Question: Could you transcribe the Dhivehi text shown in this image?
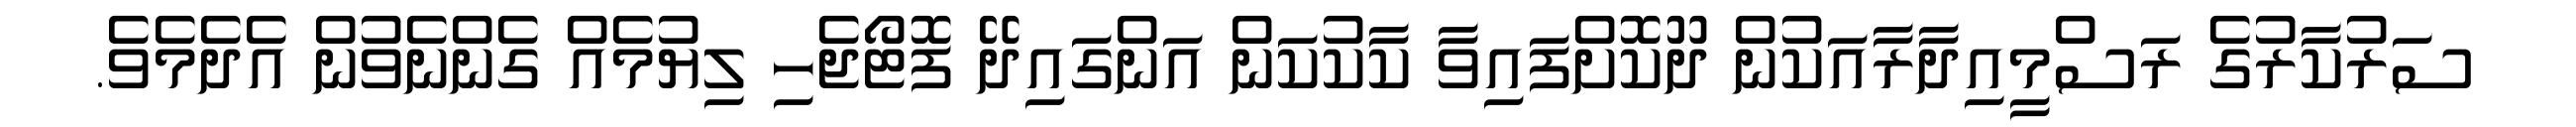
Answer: ސަރުކާރުގެ ރަސްމީއިދާރާއަކުން ދޫކޮށްފައިވާ ކާކުކަން އަންގައިދޭ ފޮޓޯޖެހި ލިޔުމެއް ގެންނެވުން އެދެމެވެ.